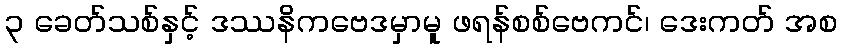
၃ ခေတ်သစ်နှင့် ဒဿနိကဗေဒမှာမူ ဖရန်စစ်ဗေကင်၊ ဒေးကတ် အစ